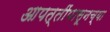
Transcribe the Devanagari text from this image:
आपत्तींपासूनच्या